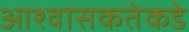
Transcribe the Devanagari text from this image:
आश्वासकतेकडे